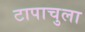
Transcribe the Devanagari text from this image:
टापाचुला